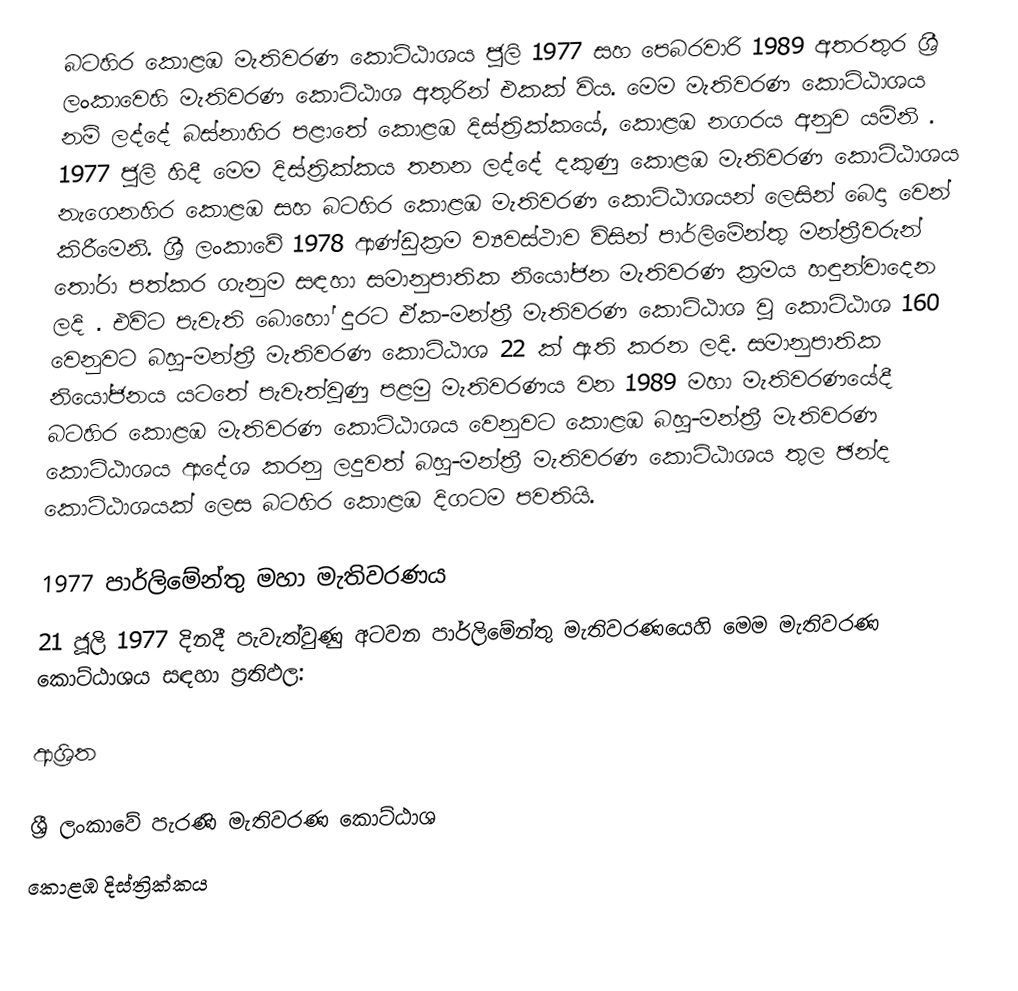
බටහිර කොළඹ මැතිවරණ කොට්ඨාශය  ජූලි  1977 සහ පෙබරවාරි 1989 අතරතුර  ශ්‍රී ලංකාවෙහි  මැතිවරණ කොට්ඨාශ අතුරින් එකක් විය. මෙම මැතිවරණ කොට්ඨාශය නම් ලද්දේ  බස්නාහිර පළාතේ  කොළඹ දිස්ත්‍රික්කයේ,  කොළඹ නගරය අනුව යමිනි . 1977 ජූලි හිදී මෙම දිස්ත්‍රික්කය තනන ලද්දේ දකුණු කොළඹ මැතිවරණ කොට්ඨාශය නැගෙනහිර කොළඹ සහ බටහිර කොළඹ මැතිවරණ කොට්ඨාශයන් ලෙසින් බෙදා වෙන් කිරීමෙනි. ශ්‍රී ලංකාවේ 1978 ආණ්ඩුක්‍රම ව්‍යවස්ථාව විසින්   පාර්ලිමේන්තු මන්ත්‍රීවරුන් තෝරා පත්කර ගැනුම සඳහා සමානුපාතික නියෝජන මැතිවරණ ක්‍රමය හඳුන්වාදෙන ලදි . එවිට පැවැති බොහෝ දුරට  ඒක-මන්ත්‍රී මැතිවරණ කොට්ඨාශ වූ කොට්ඨාශ 160 වෙනුවට බහු-මන්ත්‍රී මැතිවරණ කොට්ඨාශ 22 ක් ඇති කරන ලදි. සමානුපාතික නියෝජනය යටතේ පැවැත්වුණු  පළමු මැතිවරණය වන 1989 මහා මැතිවරණයේදී  බටහිර කොළඹ මැතිවරණ කොට්ඨාශය වෙනුවට  කොළඹ බහු-මන්ත්‍රී මැතිවරණ කොට්ඨාශය  ආදේශ කරනු ලදුවත් බහු-මන්ත්‍රී මැතිවරණ කොට්ඨාශය තුල ඡන්ද කොට්ඨාශයක් ලෙස බටහිර කොළඹ දිගටම පවතියි.

1977 පාර්ලිමේන්තු මහා මැතිවරණය
21 ජූලි 1977 දිනදී පැවැත්වුණු   අටවන පාර්ලිමේන්තු මැතිවරණයෙහි මෙම මැතිවරණ කොට්ඨාශය සඳහා ප්‍රතිඵල:

ආශ්‍රිත

ශ්‍රී ලංකාවේ පැරණි මැතිවරණ කොට්ඨාශ
 කොළඹ දිස්ත්‍රික්කය